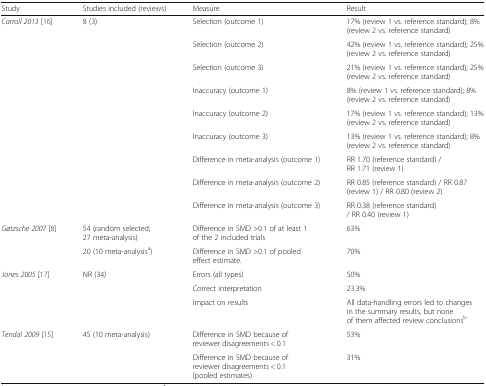
<table><thead><tr><td><b>Study</b></td><td><b>Studies included (reviews)</b></td><td><b>Measure</b></td><td><b>Result</b></td></tr></thead><tbody><tr><td rowspan="9"><i>Carroll 2013</i> [16]</td><td rowspan="9">8 (3)</td><td>Selection (outcome 1)</td><td>17% (review 1 vs. reference standard); 8% (review 2 vs. reference standard)</td></tr><tr><td>Selection (outcome 2)</td><td>42% (review 1 vs. reference standard); 25% (review 2 vs. reference standard)</td></tr><tr><td>Selection (outcome 3)</td><td>21% (review 1 vs. reference standard); 25% (review 2 vs. reference standard)</td></tr><tr><td>Inaccuracy (outcome 1)</td><td>8% (review 1 vs. reference standard); 8% (review 2 vs. reference standard)</td></tr><tr><td>Inaccuracy (outcome 2)</td><td>17% (review 1 vs. reference standard); 13% (review 2 vs. reference standard)</td></tr><tr><td>Inaccuracy (outcome 3)</td><td>13% (review 1 vs. reference standard); 8% (review 2 vs. reference standard)</td></tr><tr><td>Difference in meta-analysis (outcome 1)</td><td>RR 1.70 (reference standard) / RR 1.71 (review 1)</td></tr><tr><td>Difference in meta-analysis (outcome 2)</td><td>RR 0.85 (reference standard) / RR 0.87 (review 1) / RR 0.80 (review 2)</td></tr><tr><td>Difference in meta-analysis (outcome 3)</td><td>RR 0.38 (reference standard) / RR 0.40 (review 1)</td></tr><tr><td rowspan="2"><i>Gøtzsche 2007</i> [8]</td><td>54 (random selected; 27 meta-analysis)</td><td>Difference in SMD &gt;0.1 of at least 1 of the 2 included trials</td><td>63%</td></tr><tr><td>20 (10 meta-analysis<sup>a</sup>)</td><td>Difference in SMD &gt;0.1 of pooled effect estimate.</td><td>70%</td></tr><tr><td rowspan="3"><i>Jones 2005</i> [17]</td><td rowspan="3">NR (34)</td><td>Errors (all types)</td><td>50%</td></tr><tr><td>Correct interpretation</td><td>23.3%</td></tr><tr><td>Impact on results</td><td>All data-handling errors led to changes in the summary results, but none of them affected review conclusions<sup>b</sup></td></tr><tr><td rowspan="2"><i>Tendal 2009</i> [15]</td><td>45 (10 meta-analysis)</td><td>Difference in SMD because of reviewer disagreements &lt; 0.1</td><td>53%</td></tr><tr><td></td><td>Difference in SMD because of reviewer disagreements &lt; 0.1 (pooled estimates)</td><td>31%</td></tr></tbody></table>